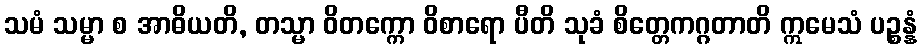
သမံ သမ္မာ စ အာဓိယတိ, တသ္မာ ဝိတက္ကော ဝိစာရော ပီတိ သုခံ စိတ္တေကဂ္ဂတာတိ ဣမေသံ ပဉ္စန္နံ